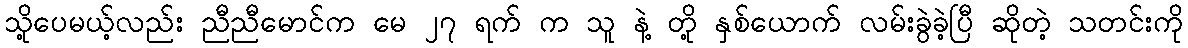
သို့ပေမယ့်လည်း ညီညီမောင်က မေ ၂၇ ရက် က သူ နဲ့ တို့ နှစ်ယောက် လမ်းခွဲခဲ့ပြီ ဆိုတဲ့ သတင်းကို